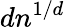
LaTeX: dn^{1/d}